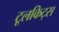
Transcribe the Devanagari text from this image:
टूलकिट्स